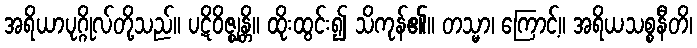
အရိယာပုဂ္ဂိုလ်တို့သည်။ ပဋိဝိဇ္ဈန္တိ။ ထိုးထွင်း၍ သိကုန်၏။ တသ္မာ၊ ကြောင့်။ အရိယသစ္စနီတိ၊